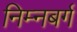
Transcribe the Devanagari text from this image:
निम्नबर्ग